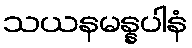
သယနမန္နပါနံ